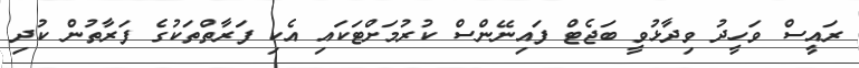
ރައީސް ވަހީދު ވިދާޅުވީ ބަޖެޓް ފައިނޭންސް ކުރުމަށްޓަކައި އެކި ފަރާތްތަކުގެ ފަރާތުން ކުދި